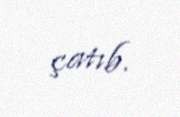
çatıb.